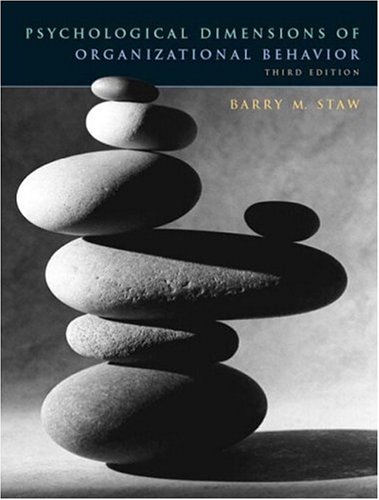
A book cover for Psychological Dimensions of Organizational Behavior (3rd Edition); Barry M. Staw; Medical Books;